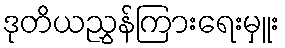
ဒုတိယညွှန်ကြားရေးမှူး